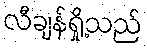
လီချန်ရှို့သည်